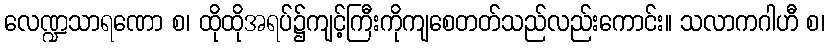
လေဏ္ဍသာရဏော စ၊ ထိုထိုအရပ်၌ကျင့်ကြီးကိုကျစေတတ်သည်လည်းကောင်း။ သလာကဂါဟီ စ၊